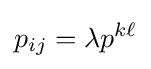
p_{ij}=\lambda p^{k\ell }